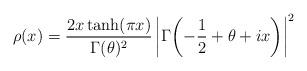
LaTeX: \begin{align*}\rho(x)=\frac{2x\tanh(\pi x)}{\Gamma(\theta)^{2}}\left|\Gamma\!\left(-\frac{1}{2}+\theta+ix\right)\right|^{2}\end{align*}